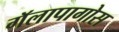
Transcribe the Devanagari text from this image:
गॅलापागोस